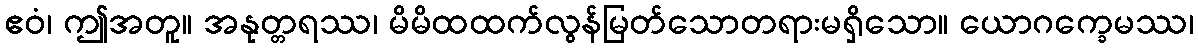
ဧဝံ၊ ဤအတူ။ အနုတ္တရဿ၊ မိမိထထက်လွန်မြတ်သောတရားမရှိသော။ ယောဂက္ခေမဿ၊